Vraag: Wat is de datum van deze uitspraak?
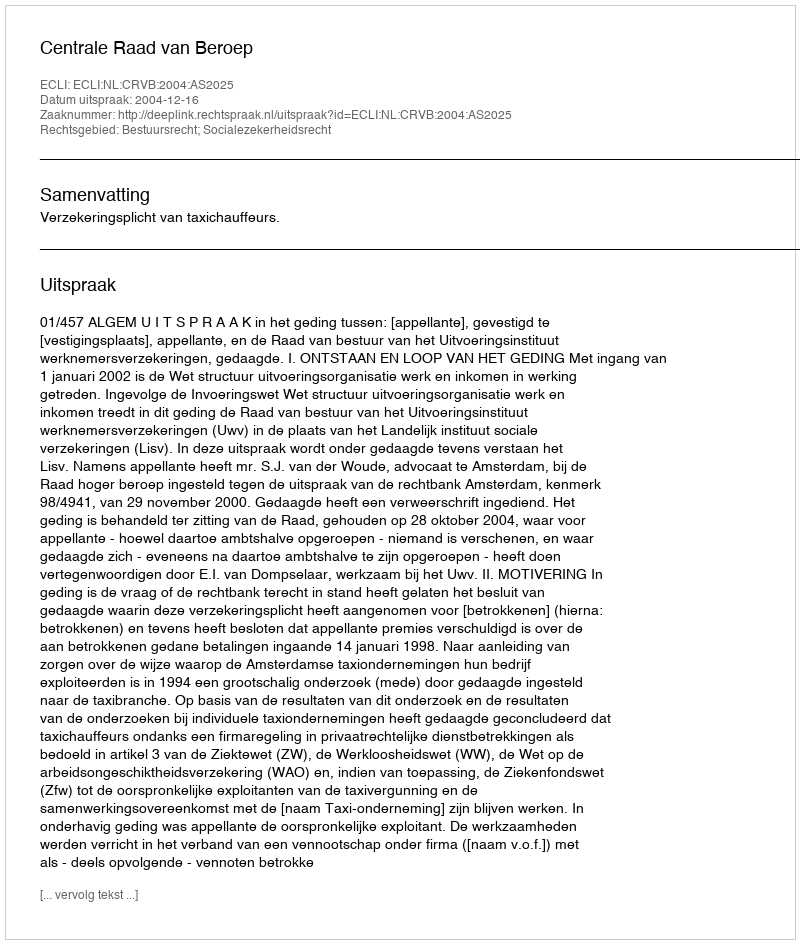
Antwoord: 2004-12-16